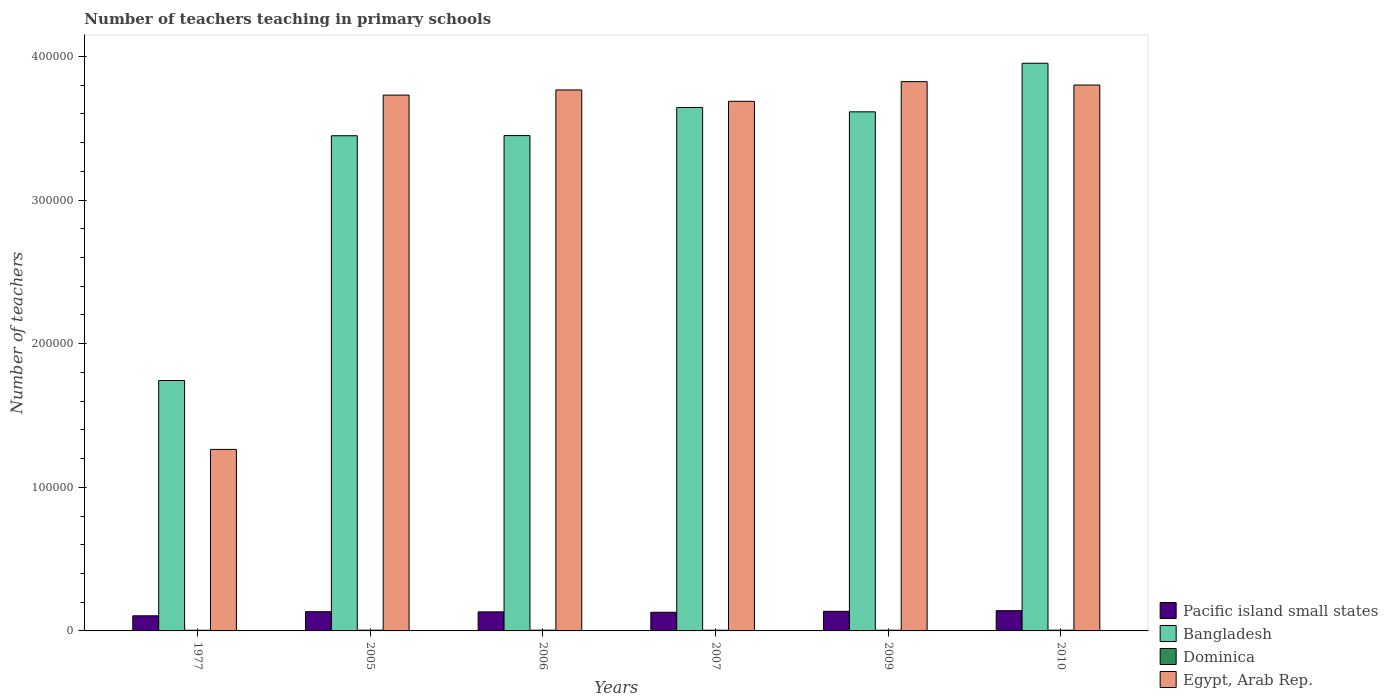
| Years | Pacific island small states | Bangladesh | Dominica | Egypt, Arab Rep. |
 | --- | --- | --- | --- | --- |
 | 1977 | 1.05e+04 | 1.74e+05 | 462 | 1.26e+05 |
 | 2005 | 1.34e+04 | 3.45e+05 | 519 | 3.73e+05 |
 | 2006 | 1.33e+04 | 3.45e+05 | 517 | 3.77e+05 |
 | 2007 | 1.3e+04 | 3.64e+05 | 499 | 3.69e+05 |
 | 2009 | 1.36e+04 | 3.61e+05 | 510 | 3.82e+05 |
 | 2010 | 1.41e+04 | 3.95e+05 | 508 | 3.8e+05 |